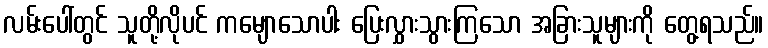
လမ်းပေါ်တွင် သူတို့လိုပင် ကမျောသောပါး ပြေးလွှားသွားကြသော အခြားသူများကို တွေ့ရသည်။